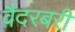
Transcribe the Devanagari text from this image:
वैदरबरी